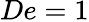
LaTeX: De=1